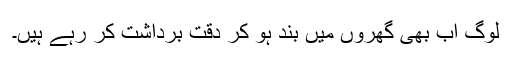
لوگ اب بھی گھروں میں بند ہو کر دقت برداشت کر رہے ہیں۔